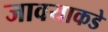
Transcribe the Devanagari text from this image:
जावयाकडे